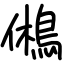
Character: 鵂